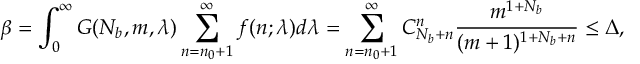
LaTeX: \displaystyle \beta = \int _ { 0 } ^ { \infty } { G ( N _ { b } , m , \lambda ) \sum _ { n = n _ { 0 } + 1 } ^ { \infty } f ( n ; \lambda ) d \lambda } = \sum _ { n = n _ { 0 } + 1 } ^ { \infty } C _ { N _ { b } + n } ^ { n } \frac { m ^ { 1 + N _ { b } } } { ( m + 1 ) ^ { 1 + N _ { b } + n } } \le \Delta ,